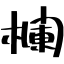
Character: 欄